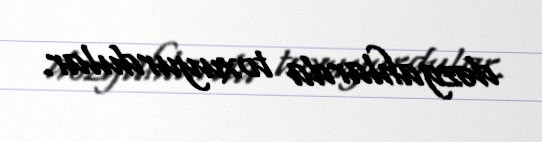
dəzgahlarda toxuyurdular.